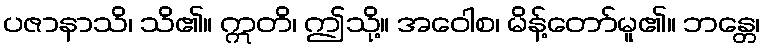
ပဇာနာသိ၊ သိ၏။ ဣတိ၊ ဤသို့။ အဝေါစ၊ မိန့်တော်မူ၏။ ဘန္တေ၊